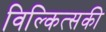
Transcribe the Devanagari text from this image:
विल्कित्सकी